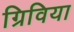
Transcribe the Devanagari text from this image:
ग्रिविया